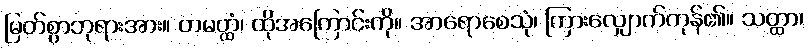
မြတ်စွာဘုရားအား။ တမတ္ထံ၊ ထိုအကြောင်းကို။ အာရောစေသုံ၊ ကြားလျှောက်ကုန်၏။ သတ္ထာ၊